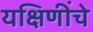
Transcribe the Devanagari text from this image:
यक्षिणींचे